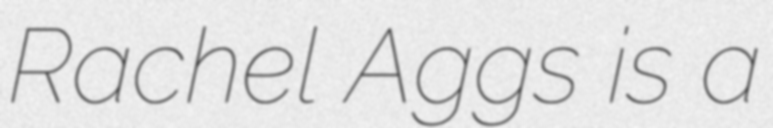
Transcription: Rachel Aggs is a